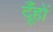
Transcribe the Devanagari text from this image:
दूँहों